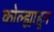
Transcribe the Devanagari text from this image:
कोल्ह्याहून